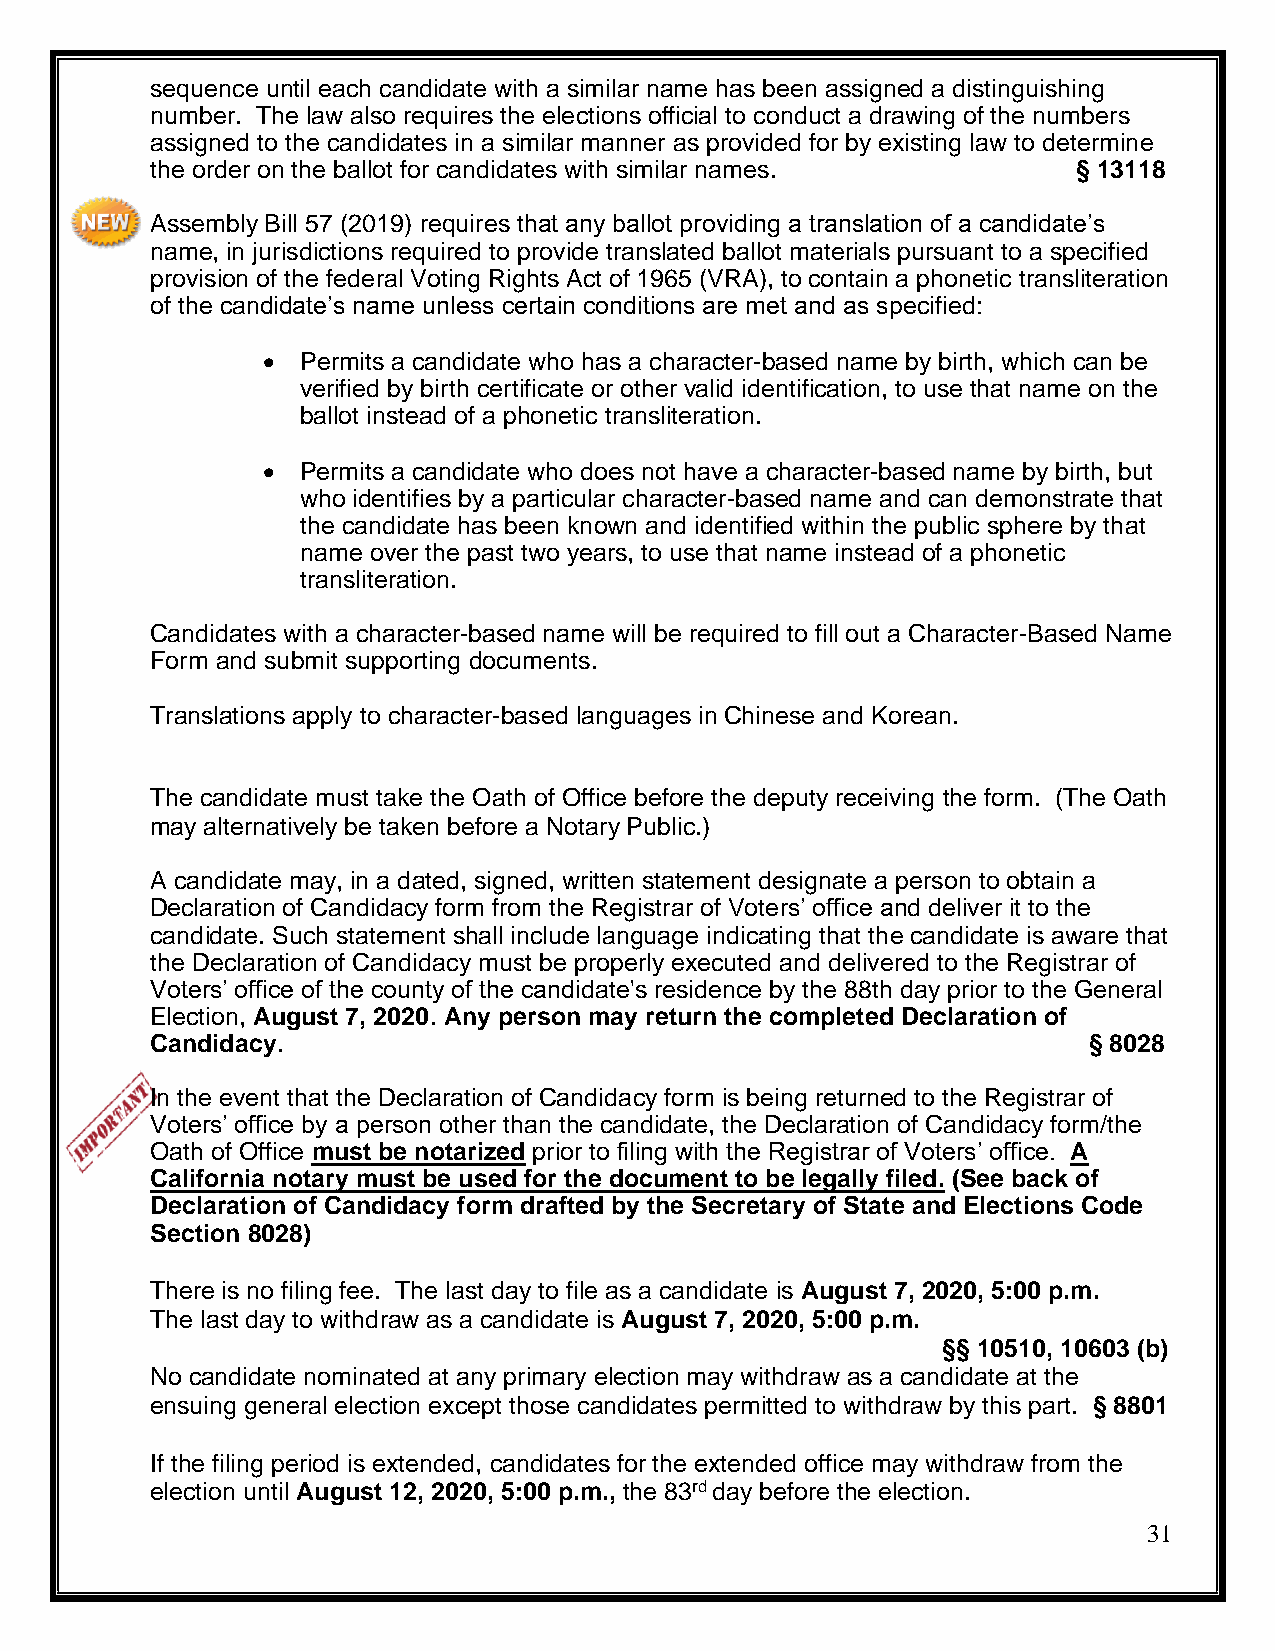
sequence until each candidate with a similar name has been assigned a distinguishing
 number. The law also requires the elections official to conduct a drawing of the numbers
 assigned to the candidates in a similar manner as provided for by existing law to determine
 the order on the ballot for candidates with similar names.   § 13118
 Assembly Bill 57 (2019) requires that any ballot providing a translation of a candidate’s
 name, in jurisdictions required to provide translated ballot materials pursuant to a specified
 provision of the federal Voting Rights Act of 1965 (VRA), to contain a phonetic transliteration
 of the candidate’s name unless certain conditions are met and as specified:
 •  Permits a candidate who has a character-based name by birth, which can be
 verified by birth certificate or other valid identification, to use that name on the
 ballot instead of a phonetic transliteration.
 •  Permits a candidate who does not have a character-based name by birth, but
 who identifies by a particular character-based name and can demonstrate that
 the candidate has been known and identified within the public sphere by that
 name over the past two years, to use that name instead of a phonetic
 transliteration.
 Candidates with a character-based name will be required to fill out a Character-Based Name
 Form and submit supporting documents.
 Translations apply to character-based languages in Chinese and Korean.
 The candidate must take the Oath of Office before the deputy receiving the form. (The Oath
 may alternatively be taken before a Notary Public.)
 A candidate may, in a dated, signed, written statement designate a person to obtain a
 Declaration of Candidacy form from the Registrar of Voters’ office and deliver it to the
 candidate. Such statement shall include language indicating that the candidate is aware that
 the Declaration of Candidacy must be properly executed and delivered to the Registrar of
 Voters’ office of the county of the candidate's residence by the 88th day prior to the General
 Election, August 7, 2020. Any person may return the completed Declaration of
 Candidacy.                                                    § 8028
 In the event that the Declaration of Candidacy form is being returned to the Registrar of
 Voters’ office by a person other than the candidate, the Declaration of Candidacy form/the
 Oath of Office must be notarized prior to filing with the Registrar of Voters’ office. A
 California notary must be used for the document to be legally filed. (See back of
 Declaration of Candidacy form drafted by the Secretary of State and Elections Code
 Section 8028)
 There is no filing fee. The last day to file as a candidate is August 7, 2020, 5:00 p.m.
 The last day to withdraw as a candidate is August 7, 2020, 5:00 p.m.
 §§ 10510, 10603 (b)
 No candidate nominated at any primary election may withdraw as a candidate at the
 ensuing general election except those candidates permitted to withdraw by this part. § 8801
 If the filing period is extended, candidates for the extended office may withdraw from the
 election until August 12, 2020, 5:00 p.m., the 83rd day before the election.
 31